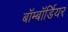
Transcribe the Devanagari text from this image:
बॉम्बॉर्डियर